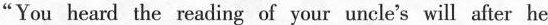
"You heard the reading of your uncle's will after he